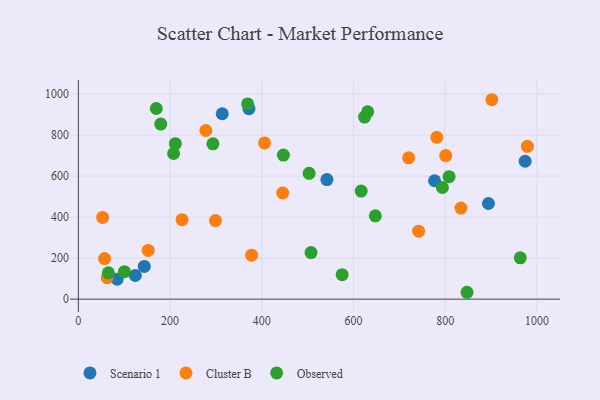
{"axis": {"x": "Study Hours", "y": "Profit"}, "legend": ["Cluster B", "Observed", "Scenario 1"], "data": [{"x": "776.7", "y": 577.4, "type": "Scenario 1"}, {"x": "372.0", "y": 928.9, "type": "Scenario 1"}, {"x": "124.2", "y": 115.7, "type": "Scenario 1"}, {"x": "542.0", "y": 582.8, "type": "Scenario 1"}, {"x": "84.6", "y": 97.2, "type": "Scenario 1"}, {"x": "974.2", "y": 672.5, "type": "Scenario 1"}, {"x": "894.2", "y": 466.5, "type": "Scenario 1"}, {"x": "313.7", "y": 903.9, "type": "Scenario 1"}, {"x": "143.7", "y": 159.5, "type": "Scenario 1"}, {"x": "152.3", "y": 237.7, "type": "Cluster B"}, {"x": "445.6", "y": 517.7, "type": "Cluster B"}, {"x": "377.8", "y": 214.4, "type": "Cluster B"}, {"x": "741.9", "y": 331.6, "type": "Cluster B"}, {"x": "406.1", "y": 761.7, "type": "Cluster B"}, {"x": "901.6", "y": 972.4, "type": "Cluster B"}, {"x": "979.1", "y": 745.4, "type": "Cluster B"}, {"x": "781.6", "y": 789.0, "type": "Cluster B"}, {"x": "52.9", "y": 398.3, "type": "Cluster B"}, {"x": "834.2", "y": 443.9, "type": "Cluster B"}, {"x": "226.1", "y": 387.6, "type": "Cluster B"}, {"x": "57.0", "y": 197.6, "type": "Cluster B"}, {"x": "62.9", "y": 104.9, "type": "Cluster B"}, {"x": "720.2", "y": 689.0, "type": "Cluster B"}, {"x": "801.0", "y": 699.9, "type": "Cluster B"}, {"x": "298.9", "y": 383.0, "type": "Cluster B"}, {"x": "278.0", "y": 822.4, "type": "Cluster B"}, {"x": "624.1", "y": 887.9, "type": "Observed"}, {"x": "179.7", "y": 853.9, "type": "Observed"}, {"x": "65.5", "y": 128.3, "type": "Observed"}, {"x": "369.1", "y": 951.9, "type": "Observed"}, {"x": "630.8", "y": 913.5, "type": "Observed"}, {"x": "808.4", "y": 597.0, "type": "Observed"}, {"x": "169.9", "y": 929.5, "type": "Observed"}, {"x": "847.5", "y": 33.5, "type": "Observed"}, {"x": "100.4", "y": 134.1, "type": "Observed"}, {"x": "211.5", "y": 757.9, "type": "Observed"}, {"x": "793.8", "y": 544.3, "type": "Observed"}, {"x": "963.6", "y": 201.5, "type": "Observed"}, {"x": "207.7", "y": 710.1, "type": "Observed"}, {"x": "575.2", "y": 119.2, "type": "Observed"}, {"x": "647.6", "y": 406.3, "type": "Observed"}, {"x": "503.2", "y": 613.3, "type": "Observed"}, {"x": "616.7", "y": 526.9, "type": "Observed"}, {"x": "293.4", "y": 757.4, "type": "Observed"}, {"x": "447.1", "y": 702.5, "type": "Observed"}, {"x": "507.4", "y": 227.2, "type": "Observed"}]}